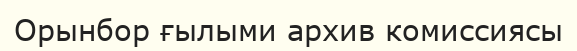
Орынбор ғылыми архив комиссиясы